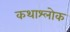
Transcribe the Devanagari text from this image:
कथाश्लोक